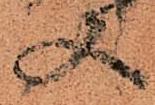
又